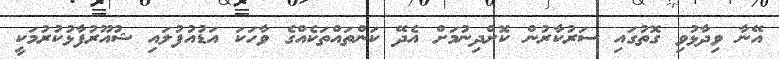
އޭނާ ވިދާޅުވި ގޮތުގައި ސަރުކާރުން ކޮށްދިނުމަށް އެދޭ ކަންތައްތަކެއްގެ ވާހަކަ އަޑުއުފުލައި ޝުއޫރުފާޅުކުރުމަކީ